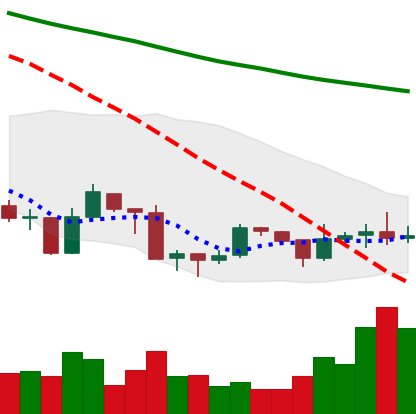
Ticker: ADA-USD
Chart end date: 2019-08-26
Forward return: -9.471%
Label: down_7plus